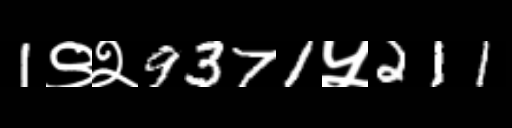
Text: 1९२9371५211